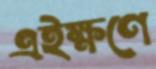
এইক্ষণে